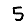
Digit: 5